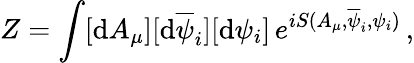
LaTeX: Z=\int[\mathrm{d}A_{\mu}][\mathrm{d}\overline{{\psi}}_{i}][\mathrm{d}\psi_{i}]\, e^{iS(A_{\mu},\overline{{\psi}}_{i},\psi_{i})}\, ,